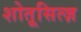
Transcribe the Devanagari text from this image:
शोतूसित्ज़